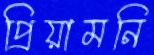
প্রিয়ামনি